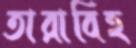
তারাবিহ